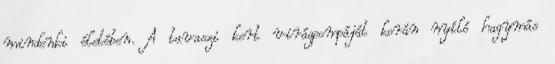
mindenki életében. A tavaszi kert virágpompáját korán nyíló hagymás